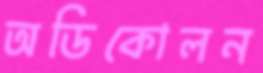
অডিকোলন